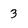
Character: 3